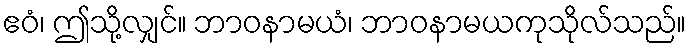
ဧဝံ၊ ဤသို့လျှင်။ ဘာဝနာမယံ၊ ဘာဝနာမယကုသိုလ်သည်။